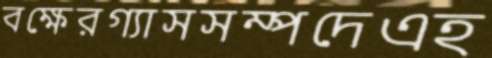
বক্ষেরগ্যাসসম্পদেএহ